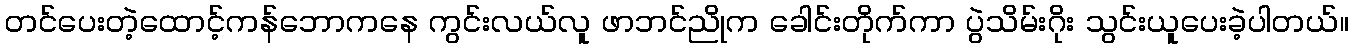
တင်ပေးတဲ့ထောင့်ကန်ဘောကနေ ကွင်းလယ်လူ ဖာဘင်ညိုက ခေါင်းတိုက်ကာ ပွဲသိမ်းဂိုး သွင်းယူပေးခဲ့ပါတယ်။